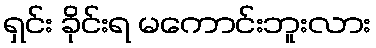
ရှင်း ခိုင်းရ မကောင်းဘူးလား